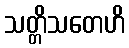
သတ္တိသတေဟိ